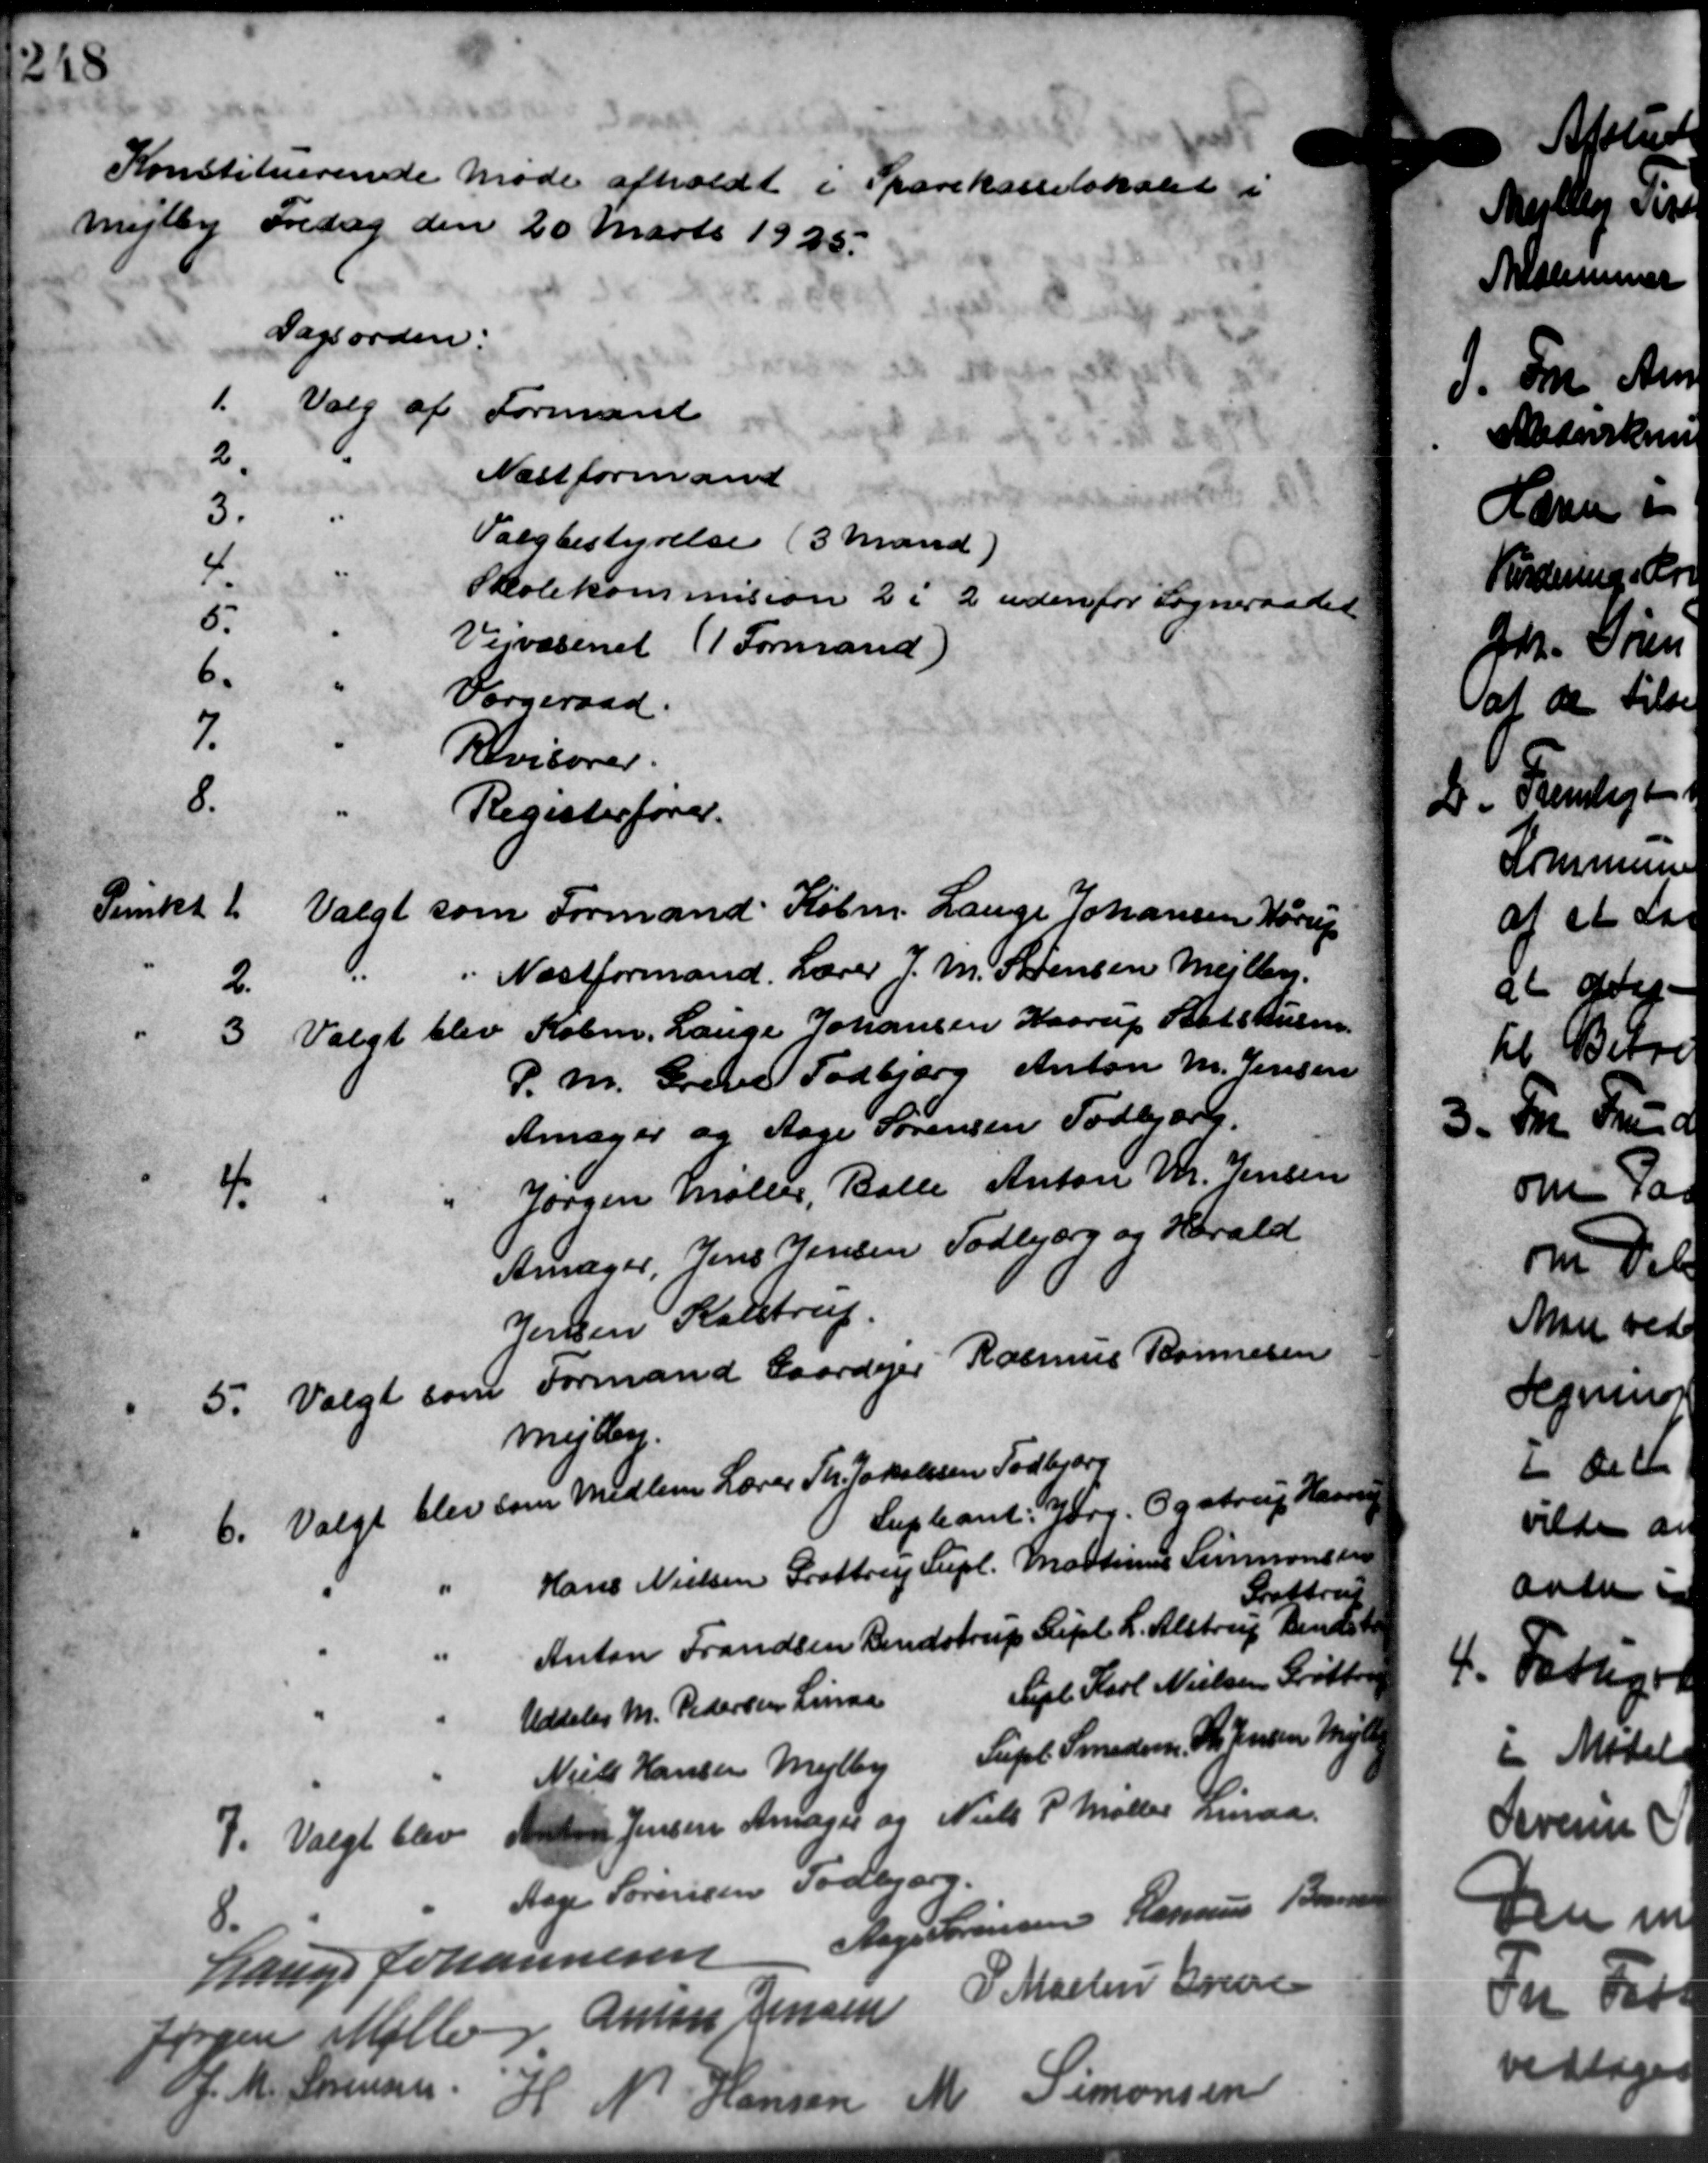
Transskription:
Konstituerende Møde afholdt i Sparekasselokalet i
Mejlby Fredag den 20 Marts 1925.
Dagsorden:
1.
Valg af Formand
2.
Næstformand
3.
Valgbestyrelse (3 Mand)
4.
Skolekommision 2 i 2 udenfor Sogneraadet
5.
Vejvæsenet (1 Formand)
6.
Vorgeraad.
7.
Revisorer.
8.
Registerfører.
Punkt 1. Valgt som Formand Købm. Lauge Johansen Hørup
Punkt 1. Valgt som Formand Købm. Lauge Johansen Hørup
2.
Næstformand. Lærer J. M. Sørensen Mejlby.
3 Valgt blev Købm. Lauge Johansen Haarup Stats Kulsen
3 Valgt blev Købm. Lauge Johansen Haarup Stats Kulsen
P. M. Greve Todbjerg Anton M. Jensen
Amager og Aage Sørensen Todbjerg.
4.
Jørgen Møller, Balle Anton M. Jensen
Amager, Jens Jensen Todbjerg og Harald
Jensen Kalstrup.
5. Valgt som Formand Gaardejer Rasmus Bonnesen
5. Valgt som
Mejlby.
6. Valgt blev som Medlem Lærer Th. Jakobsen Todbjerg
6. Valgt blev som Medlem Lærer Th. Jakobsen Todbjerg
Supleant: Jørg. Ogstrup Hansen
Hans Nielsen Grøttrup Supl. Martinus Simonseen
Anton Frandsen Bendstrup Sept. L. Alstrup Bendst.
Grøttrup
Udtales M. Pedersen Linaa
Spl. Karl Nielsen Grøttrup
Niels Hansen Mejlby
Supl Smeden. Th. Jensen Mejlby
7. Valgt blev
7. Valgt blev Aans Jensen Amager og Niels P Møller Linaa

Aage Sørensen Todbjerg.
Lauge Johannesen Aage Sørensen Rasmus Bannes
Jørgen Møller Anton Jensen P. Martin Greve
 M. Sørensen H. N. Hansen M. Simonsen